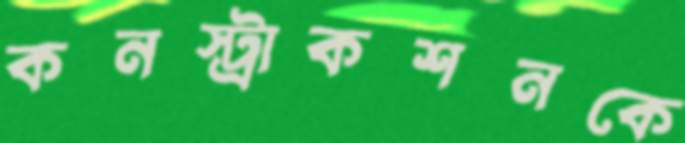
কনস্ট্রাকশনকে